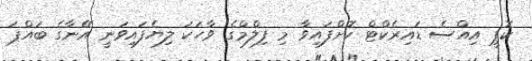
ކޮޕީ އިއްސެ ޑައިރެކްޓް ކޮށްފައިވާ މި ފިލްމްގެ ވާހަކަ ލިޔެފައިވަނީ އޭނާގެ ބައްޕަ